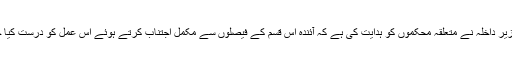
تاہم وزیر داخلہ نے متعلقہ محکموں کو ہدایت کی ہے کہ آئندہ اس قسم کے فیصلوں سے مکمل اجتناب کرتے ہوئے اس عمل کو درست کیا جائے۔